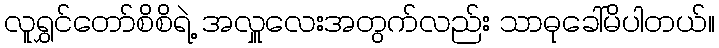
လူရွှင်တော်စိစိရဲ့ အလှူလေးအတွက်လည်း သာဓုခေါ်မိပါတယ်။